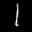
Label: 1